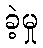
ခဲ့မှု